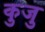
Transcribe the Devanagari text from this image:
कुजु